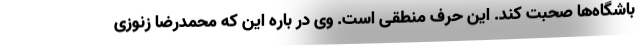
باشگاه‌ها صحبت کند. این حرف منطقی است. وی در باره این که محمدرضا زنوزی